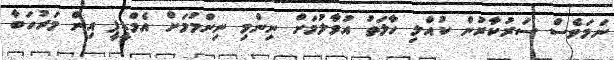
ނަމަވެސް ސަރުކާރުން ކުއްލި ހާލަތު އުވާލުމަށް ނިންމި ނިންމުމަށް އެމްޑީޕީ އިން މަރުހަބާ